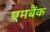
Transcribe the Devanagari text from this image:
एमबैंक